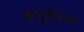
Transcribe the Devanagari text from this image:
हणूतिया